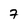
Character: 7